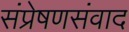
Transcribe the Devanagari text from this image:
संप्रेषणसंवाद